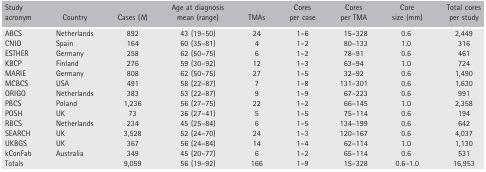
<table><thead><tr><td><b>Study acronym</b></td><td><b>Country</b></td><td><b>Cases (<i>N</i>)</b></td><td><b>Age at diagnosis mean (range)</b></td><td><b>TMAs</b></td><td><b>Cores per case</b></td><td><b>Cores per TMA</b></td><td><b>Core size (mm)</b></td><td><b>Total cores per study</b></td></tr></thead><tbody><tr><td>ABCS</td><td>Netherlands</td><td>892</td><td>43 (19–50)</td><td>24</td><td>1–6</td><td>15–328</td><td>0.6</td><td>2,449</td></tr><tr><td>CNIO</td><td>Spain</td><td>164</td><td>60 (35–81)</td><td>4</td><td>1–2</td><td>80–133</td><td>1.0</td><td>316</td></tr><tr><td>ESTHER</td><td>Germany</td><td>258</td><td>62 (50–75)</td><td>6</td><td>1–2</td><td>78–91</td><td>0.6</td><td>461</td></tr><tr><td>KBCP</td><td>Finland</td><td>276</td><td>59 (30–92)</td><td>12</td><td>1–3</td><td>63–94</td><td>1.0</td><td>724</td></tr><tr><td>MARIE</td><td>Germany</td><td>808</td><td>62 (50–75)</td><td>27</td><td>1–5</td><td>32–92</td><td>0.6</td><td>1,490</td></tr><tr><td>MCBCS</td><td>USA</td><td>491</td><td>58 (22–87)</td><td>7</td><td>1–8</td><td>131–301</td><td>0.6</td><td>1,630</td></tr><tr><td>ORIGO</td><td>Netherlands</td><td>383</td><td>53 (22–87)</td><td>9</td><td>1–9</td><td>67–223</td><td>0.6</td><td>991</td></tr><tr><td>PBCS</td><td>Poland</td><td>1,236</td><td>56 (27–75)</td><td>22</td><td>1–2</td><td>66–145</td><td>1.0</td><td>2,358</td></tr><tr><td>POSH</td><td>UK</td><td>73</td><td>36 (27–41)</td><td>5</td><td>1–5</td><td>75–114</td><td>0.6</td><td>194</td></tr><tr><td>RBCS</td><td>Netherlands</td><td>234</td><td>45 (25–84)</td><td>6</td><td>1–5</td><td>134–199</td><td>0.6</td><td>642</td></tr><tr><td>SEARCH</td><td>UK</td><td>3,528</td><td>52 (24–70)</td><td>24</td><td>1–3</td><td>120–167</td><td>0.6</td><td>4,037</td></tr><tr><td>UKBGS</td><td>UK</td><td>367</td><td>56 (24–84)</td><td>14</td><td>1–4</td><td>62–114</td><td>1.0</td><td>1,130</td></tr><tr><td>kConFab</td><td>Australia</td><td>349</td><td>45 (20–77)</td><td>6</td><td>1–2</td><td>65–114</td><td>0.6</td><td>531</td></tr><tr><td>Totals</td><td></td><td>9,059</td><td>56 (19–92)</td><td>166</td><td>1–9</td><td>15–328</td><td>0.6–1.0</td><td>16,953</td></tr></tbody></table>